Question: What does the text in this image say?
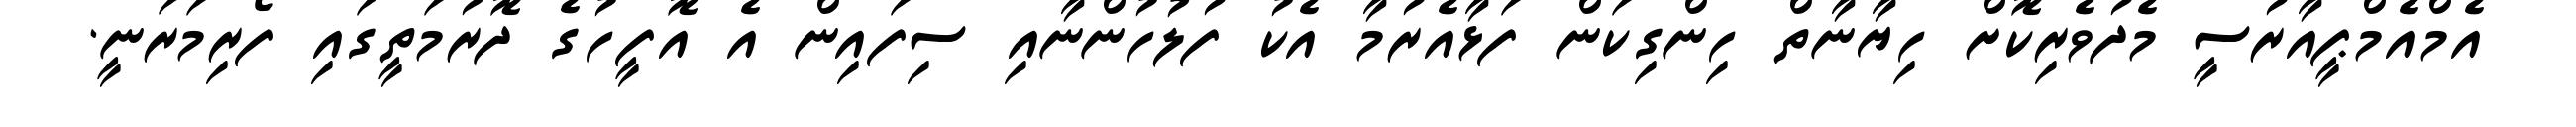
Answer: އެމްއެމްޕީއާރުސީ މެދުވެރިކޮށް ހިޔާނާތް ހިންގިކަން ފަޅާއެރުމާ އެކު ފުލުހުންނާއި ސިފައިން އެ އޮފީހުގެ ދޮރުމަތީގައި ފޯރިމަރަނީ.